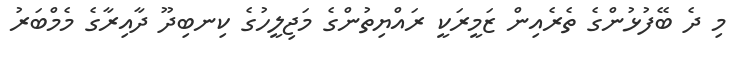
މި ދެ ބޭފުޅުންގެ ތެރެއިން ޒަމީރަކީ ރައްޔިތުންގެ މަޖިލީހުގެ ކިނބިދޫ ދާއިރާގެ މެމްބަރު